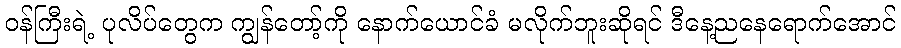
ဝန်ကြီးရဲ့ ပုလိပ်တွေက ကျွန်တော့်ကို နောက်ယောင်ခံ မလိုက်ဘူးဆိုရင် ဒီနေ့ညနေရောက်အောင်